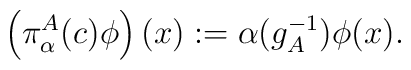
\left(\pi^A_{\alpha}(c)\phi\right)(x):=\alpha(g_{A}^{-1})\phi(x).